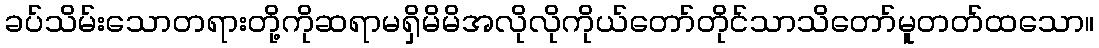
ခပ်သိမ်းသောတရားတို့ကိုဆရာမရှိမိမိအလိုလိုကိုယ်တော်တိုင်သာသိတော်မူတတ်ထသော။